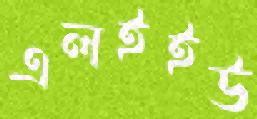
এলইইউ